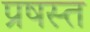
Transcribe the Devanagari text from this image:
प्रषस्त